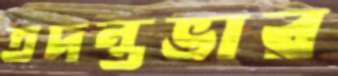
তদন্তভার